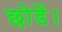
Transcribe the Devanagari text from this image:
छोडें।